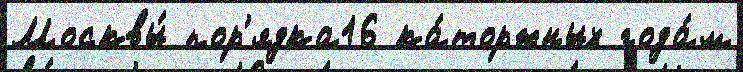
Москвы́ пор'ядка16 ка́торжных года́м